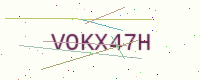
Text: VOKX47H